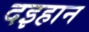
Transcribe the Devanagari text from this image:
दइहान